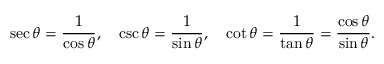
\sec \theta = { \frac { 1 } { \cos \theta } } , \quad \csc \theta = { \frac { 1 } { \sin \theta } } , \quad \cot \theta = { \frac { 1 } { \tan \theta } } = { \frac { \cos \theta } { \sin \theta } } .